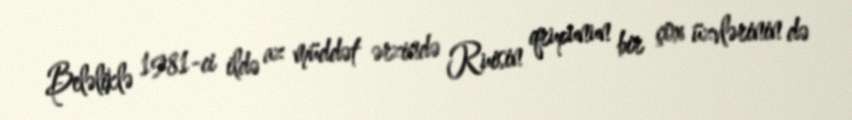
Beləliklə 1981-ci ildə az müddət ərzində Ruisin qrupunun bir çox üzvlərinin də